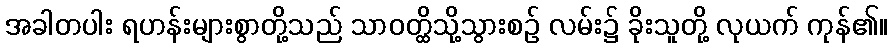
အခါတပါး ရဟန်းများစွာတို့သည် သာဝတ္ထိသို့သွားစဉ် လမ်း၌ ခိုးသူတို့ လုယက် ကုန်၏။